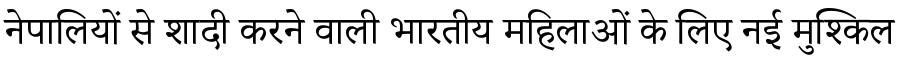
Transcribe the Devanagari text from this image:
नेपालियों से शादी करने वाली भारतीय महिलाओं के लिए नई मुश्किल